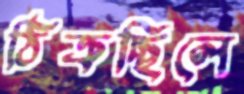
ঠিক্‌রচ্ছিলে